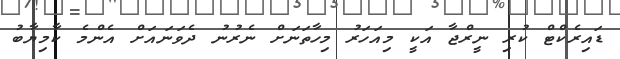
ޑައިރެކްޓް ކުރި ނީރްޖާ އަކީ މިއަހަރު މިހާތަނަށް ނެރުނު ދެވަނައަށް އެންމެ ކާމިޔާބު